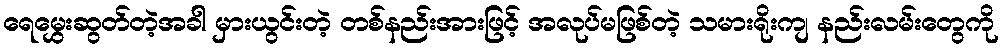
ရေမွှေးဆွတ်တဲ့အခါ မှားယွင်းတဲ့ တစ်နည်းအားဖြင့် အလုပ်မဖြစ်တဲ့ သမားရိုးကျ နည်းလမ်းတွေကို